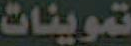
تموينات